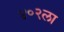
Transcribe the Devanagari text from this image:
४०२ला